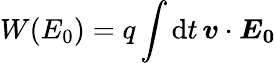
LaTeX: W(E_{0})=q\int\mathrm{d}t\, \boldsymbol{v}\cdot\boldsymbol{E_{0}}